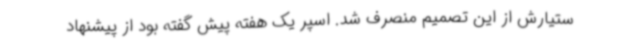
ستیارش از این تصمیم منصرف شد. اسپر یک هفته پیش گفته بود از پیشنهاد